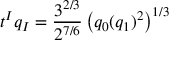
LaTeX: t ^ { I } q _ { I } = { \frac { 3 ^ { 2 / 3 } } { 2 ^ { 7 / 6 } } } \left( q _ { 0 } ( q _ { 1 } ) ^ { 2 } \right) ^ { 1 / 3 }